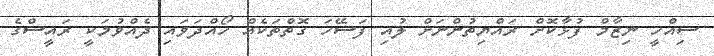
ސިއްހީ ނިޒާމް ފުޅާކޮށް ރައްޔިތުންނަށް ލުއި ފަސޭހަ ގޮތްތަކެއް ހޯއްދަވައި ދެއްވުމަކީ ރައީސްގެ